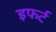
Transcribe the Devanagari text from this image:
इफर्ट